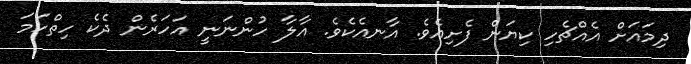
ދިމައަށް އެއްޗެހި ކިޔަން ފެށިއެވެ. އާނއެކެވެ. އާލާ ހުންނަނީ އަހަރެން ދެކެ ހިތްހަމަ